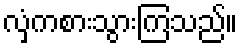
လှံကစားသွားကြသည်။